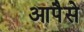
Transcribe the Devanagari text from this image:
आपैसे